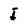
Character: I